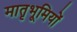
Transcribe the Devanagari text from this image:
मातृभूमियों